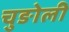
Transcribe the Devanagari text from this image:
चुङोली